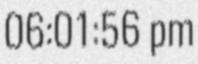
06:01:56 pm